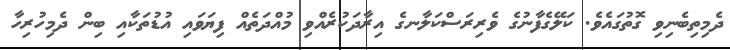
ދެމިތިބެނިވި ގޮތުގައެވެ. ކަލޭގެފާނުގެ ވެރިރަސްކަލާނގެ އިރާދަކުރެއްވި މުއްދަތެއް ފިޔަވައި އުޑުތަކާއި ބިން ދެމިހުރިހާ